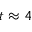
t \approx 4